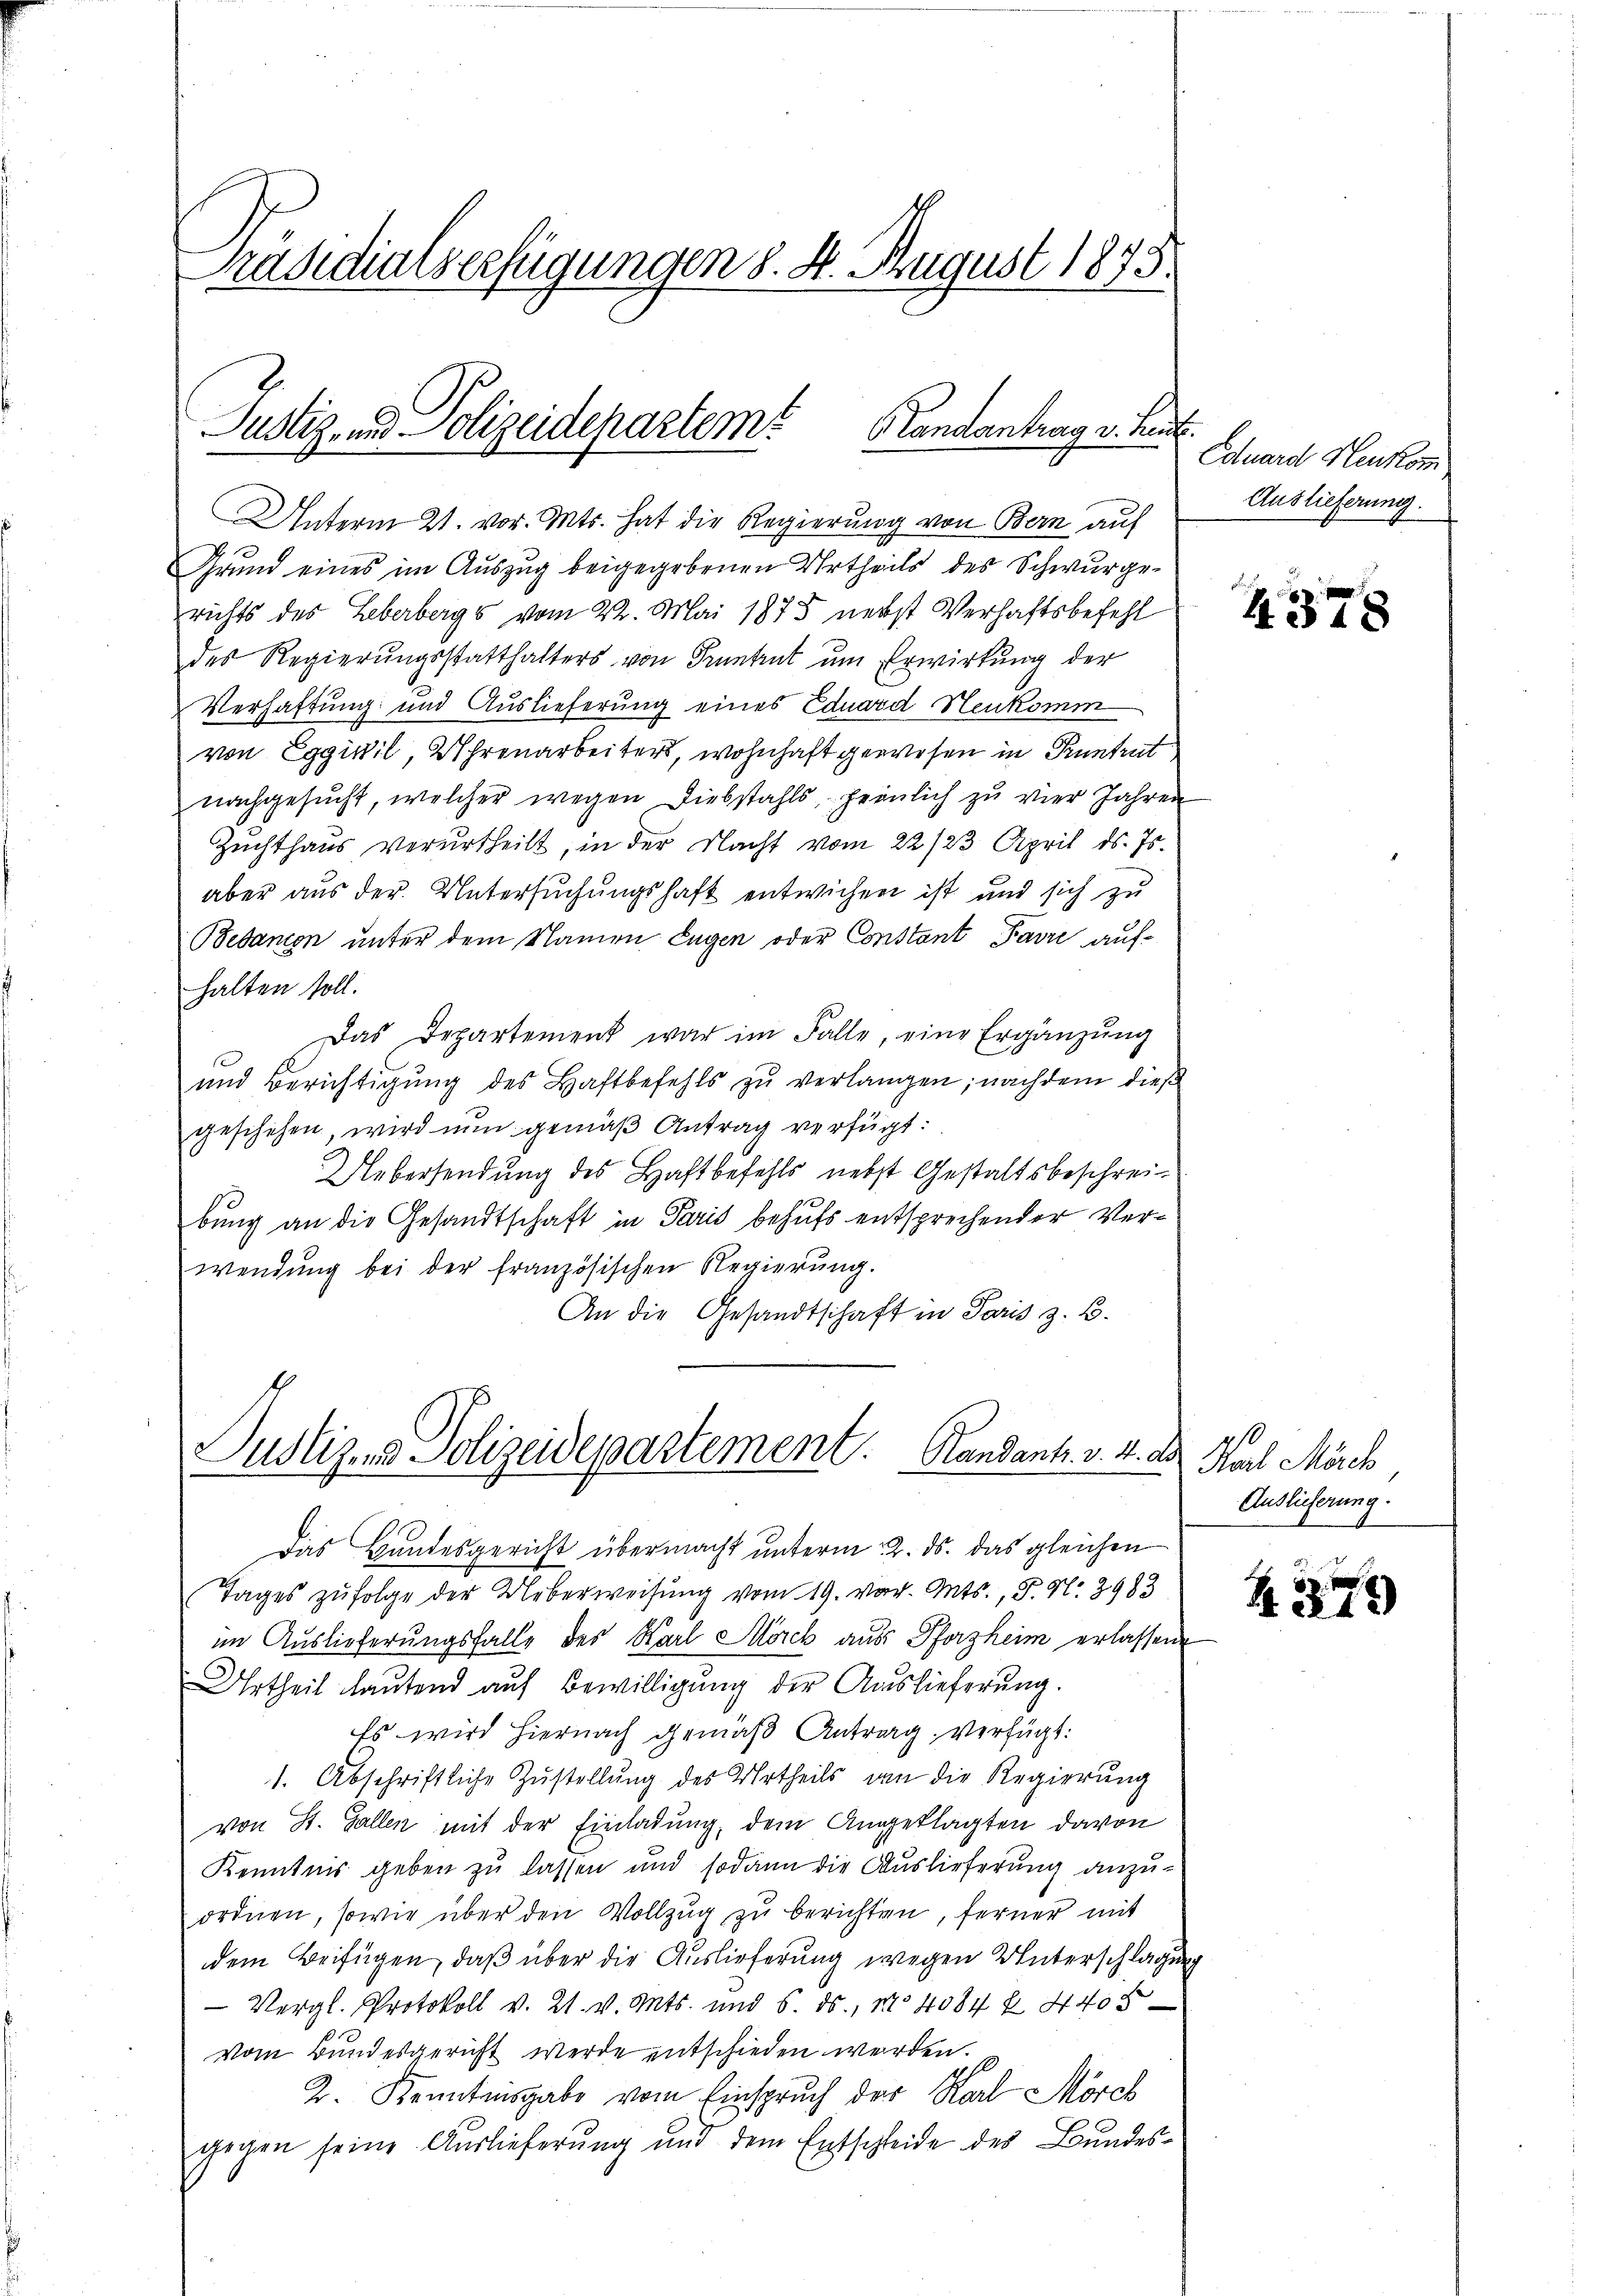
Präsidialserfügungen §. 4. August 1873.

Justiz- und Polizeidepartem Landantrag v. Kaut

richts des Leberbergs vom 22. Mai 1875 nebst Verhaftsbefehl
des Regierungsstatthalters von Pruntrut um Erwirkung der
Verhaftung und Auslieferung eines Eduard Neukomm
von Eggivil, Uhrenarbeiters, wohnhaft gewesen in Kuntrut
nachgesucht, welcher wegen Diebstahls heinlich zu vier Jahren
Zuchthaus verurtheilt, in der Nacht vom 22/23. April ds. Js.
aber aus der Untersuchungshaft entwichen ist und sich zu
Bebanien unter dem Namen Eugen oder Constant Favre aufhalten soll.
Das Departement war im Falle, eine Ergänzŭng
und Berichtigŭng des Haftbefehls zŭ verlangen; nachdem dieß
geschehen, wird nun gemäß Antrag verfügt:
Uebersendung des Haftbefehls nebst Gestaltsbeschreibung an die Gesandtschaft in Paris behufs entsprechender Verwendung bei der französischen Regierung.
An die Gesandtschaft in Paris z. B.

Unterm 21. vor. Mts. hat die Regierŭng von Bern auf
Grund eines im Auszug beigegebenen Urtheils des Schwurge¬

Justiz- & Polizeidepartement. Randants. v. 4. a.

Eduard Heukom
Auslieferung.

Das Handesgericht übermacht unterm 2. ds. das gleichen
Tages zufolge der Ueberweisung vom 19. vor. Mts., P. Nr. 3983
im Auslieferungsfalle des Karl Morck aus Pforzheim erlassene
Urtheil lautend auf Bewilligung der Auslieferung.
Es wird hiernach gemäß Antrag verfügt:
1. Abschriftliche Zustellung des Urtheils dan die Regierung
von St. Gallen mit der Einladung, dem Angeklagten davon
Kenntnis geben zu lassen und sodann die Auslieferung anzuordnen, sowie über den Vollzug zu berichten, ferner mit
dem Beifügen, daß über die Auslieferung wegen Unterschlagung
Vergl. Protokoll v. 21. v. Mts. und 5. ds., No 4084 f. 4408
Vom Bundesgericht werde entschieden werden.
2. Kanntensgabe vom Einspruch der Karl Mörch
gegen seine Auslieferung und dem Entschleide des Bundes¬

4378

. Rat March
Anslicherung

N. 279